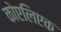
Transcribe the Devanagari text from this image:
कोएलिएक